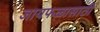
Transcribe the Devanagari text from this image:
जायफळासाठी